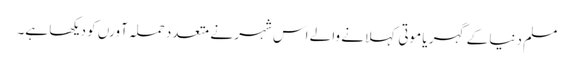
مسلم دنیا کے گہر یا موتی کہلانے والے اس شہر نے متعدد حملہ آورں کو دیکھا ہے۔